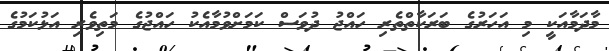
މާދަމާއަކީ މި އަހަރުގެ ބަރަކާތްތެރި ހައްޖު ދުވަސް ކަމަށްވުމާއެކު ހައްޖުގެ މަތިވެރި އަޅުކަމުގެ